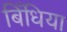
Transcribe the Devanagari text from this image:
बिँधिया